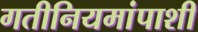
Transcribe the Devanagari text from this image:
गतीनियमांपाशी